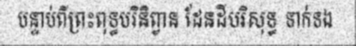
បន្ទាប់ពីព្រះពុទ្ធបរិនិព្វាន ដែនដីបរិសុទ្ធ ទាក់ទង